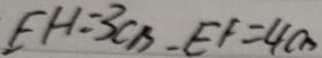
E H = 3 C B - E F = 4 c m